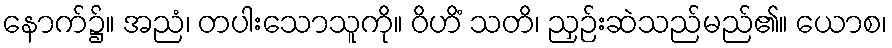
နောက်၌။ အညံ၊ တပါးသောသူကို။ ဝိဟိံ သတိ၊ ညှဉ်းဆဲသည်မည်၏။ ယောစ၊